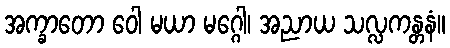
အက္ခာတော ဝေါ မယာ မဂ္ဂေါ၊ အညာယ သလ္လကန္တနံ။